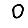
Digit: 0